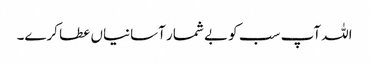
اللہ آپ سب کو بے شمار آسانیاں عطا کرے۔